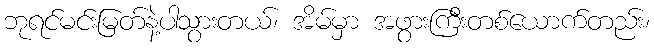
ဘုရင်မင်းမြတ်နဲ့ပါသွားတယ်၊ အိမ်မှာ အဖွားကြီးတစ်ယောက်တည်း၊